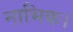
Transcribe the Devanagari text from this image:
नाभिक।